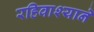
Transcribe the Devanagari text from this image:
रहिवाश्याने